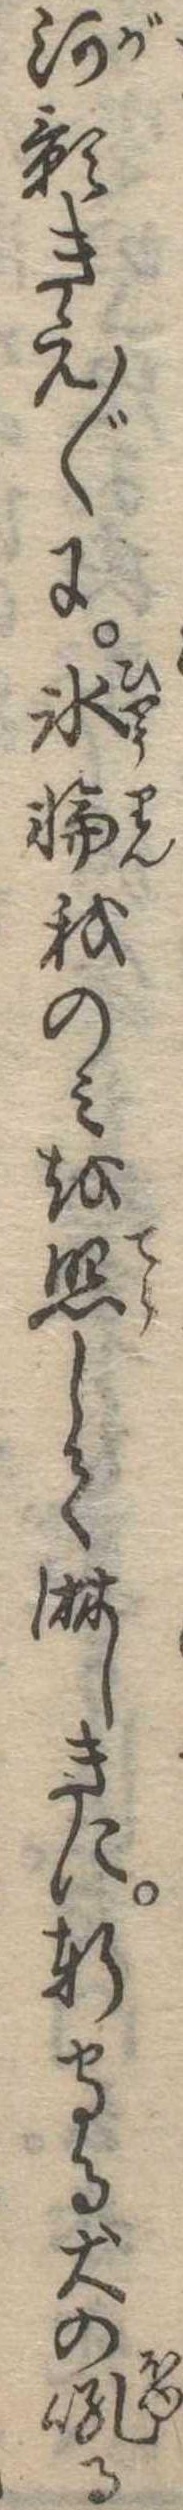
河影きえ〱に氷輪我のみを照して淋しきに軒守る犬の吼る